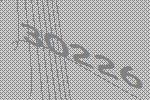
30226